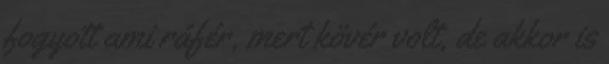
fogyott ami ráfér, mert kövér volt, de akkor is